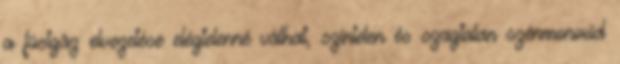
a füstgáz elvezetése elégtelenné válhat, színtelen és szagtalan szénmonoxid